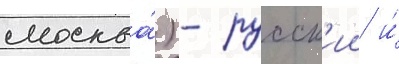
москва́) - русск'ии и́